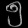
Digit: ၅